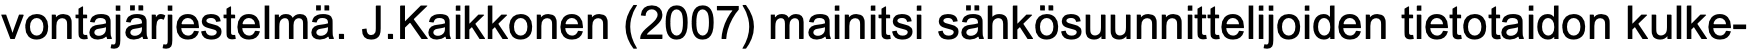
vontajärjestelmä. J.Kaikkonen (2007) mainitsi sähkösuunnittelijoiden tietotaidon kulke-